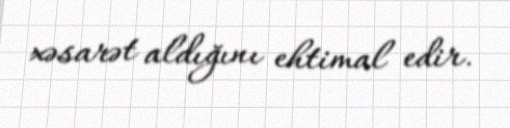
xəsarət aldığını ehtimal edir.